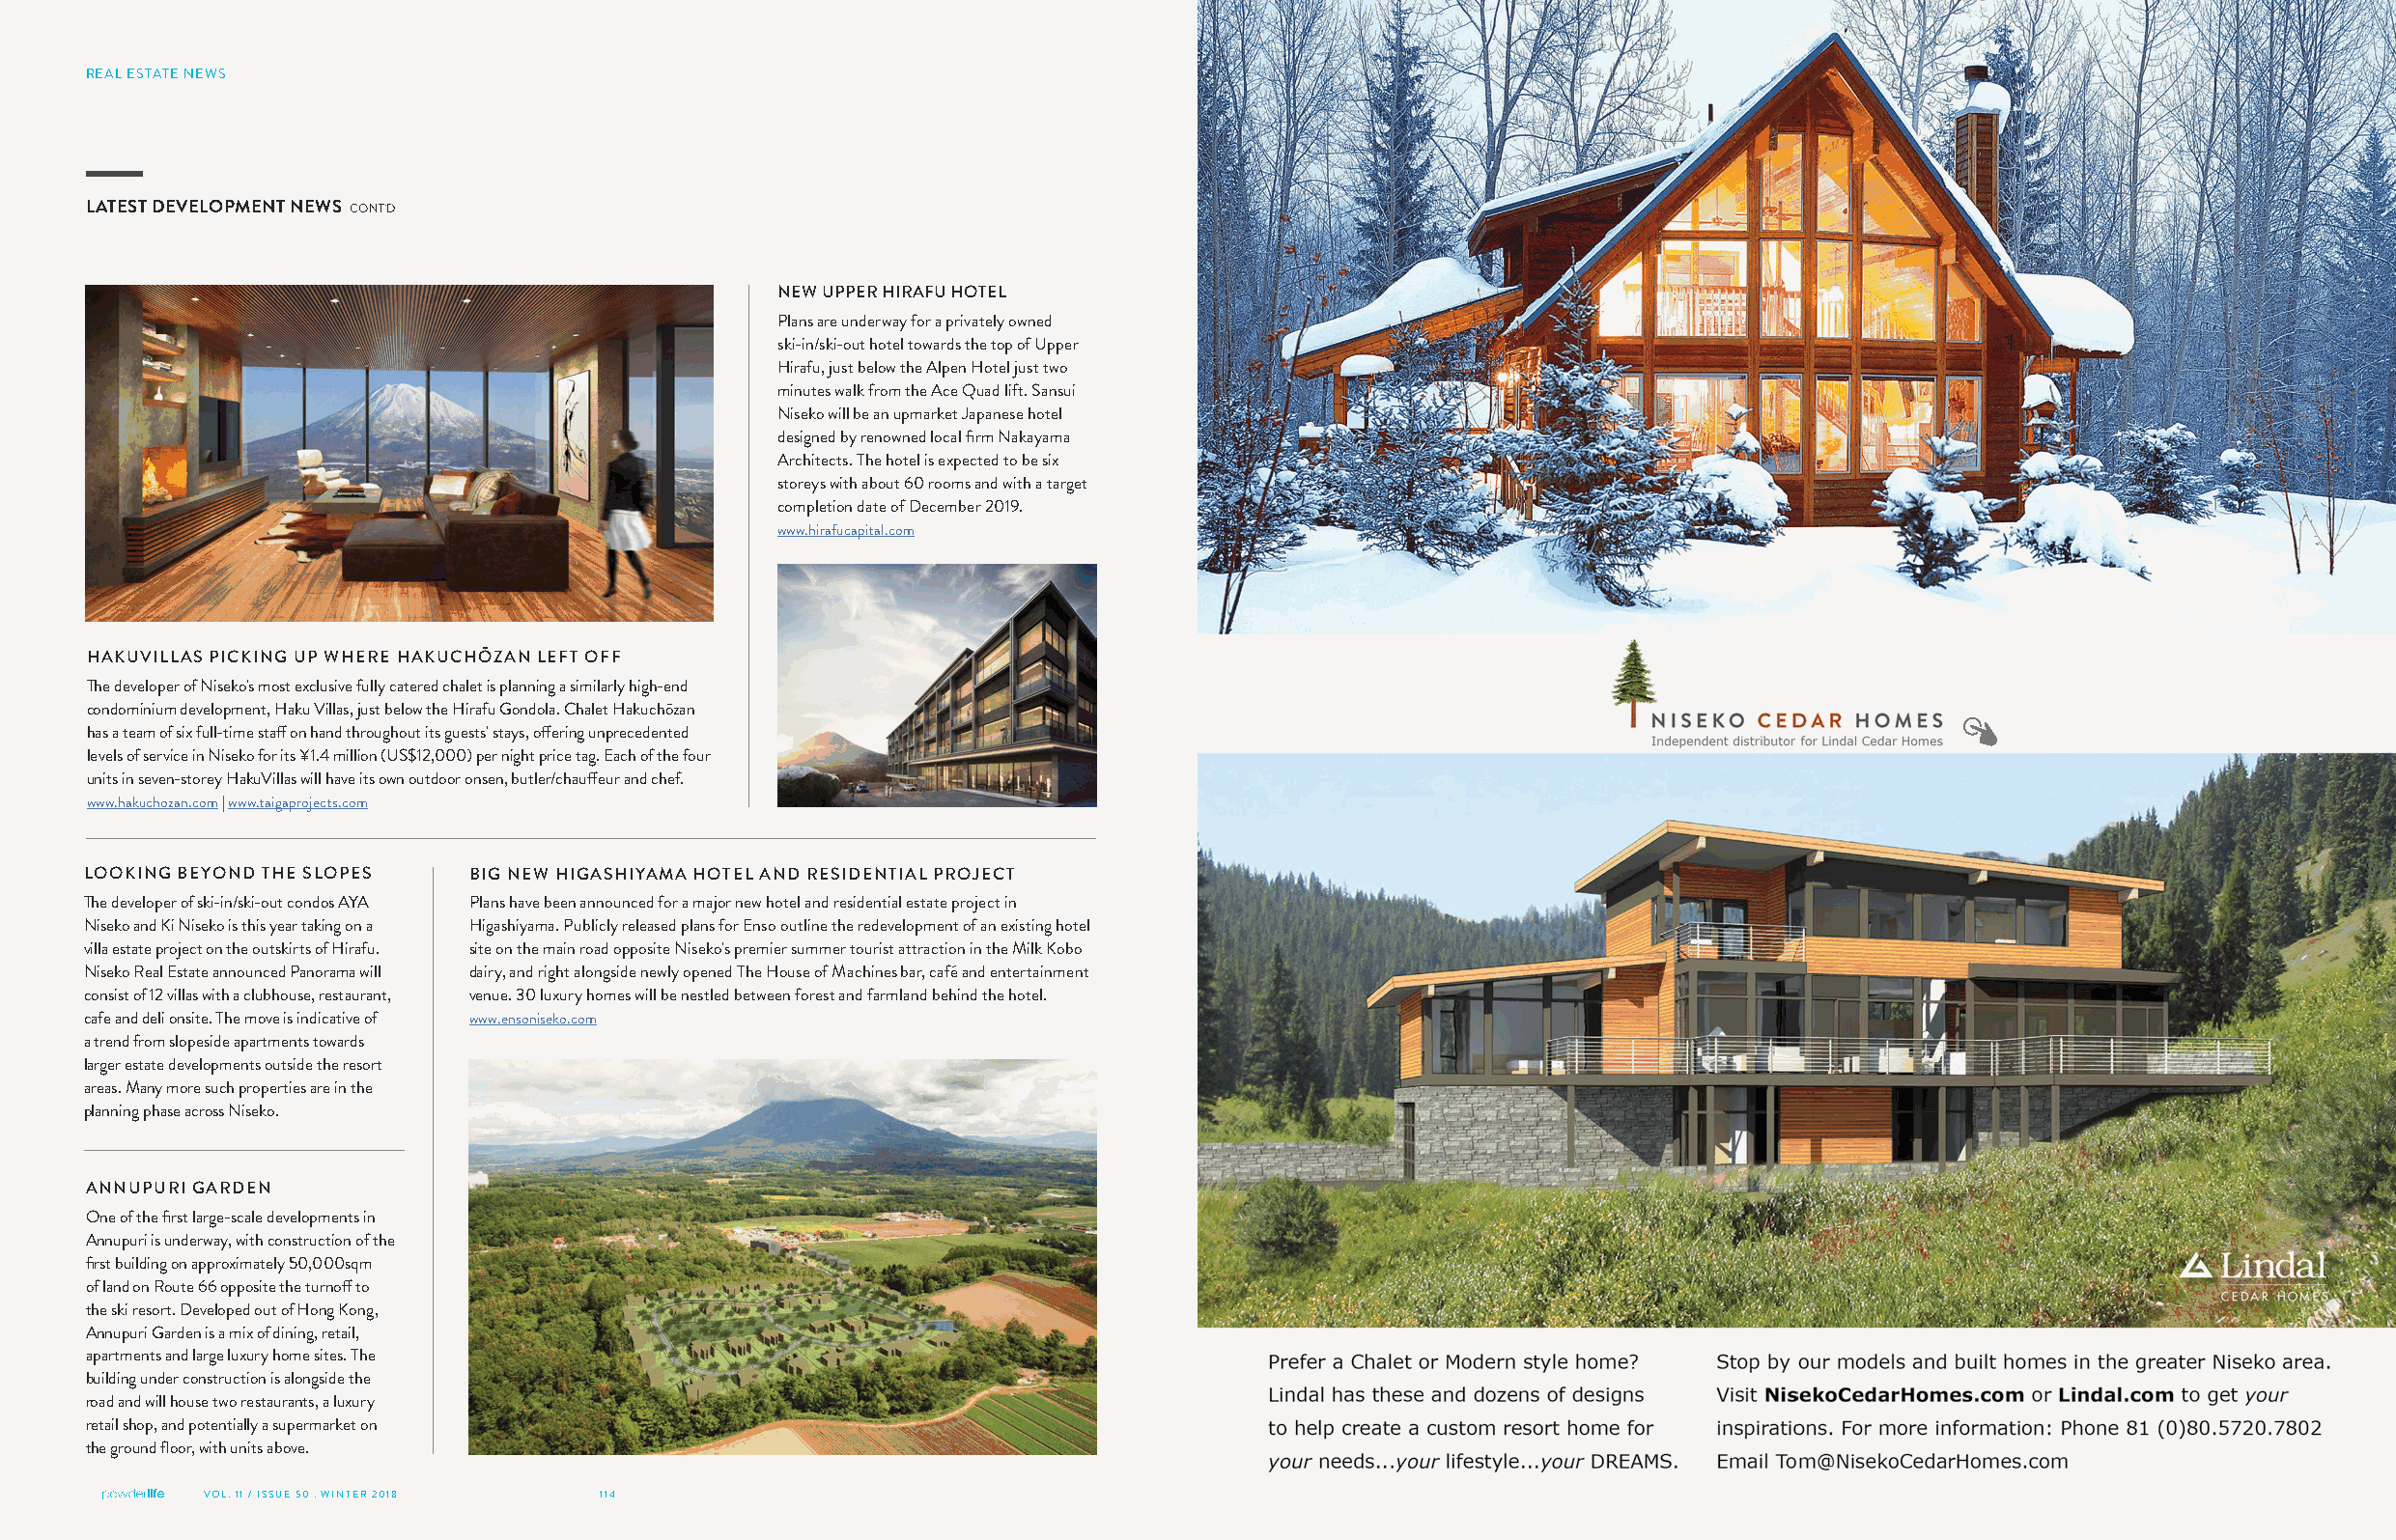
REAL ESTATE NEWS
 LATEST DEVELOPMENT NEWS CONT'D
 NEW UPPER HIRAFU HOTEL
 Plans are underway for a privately owned
 ski-in/ski-out hotel towards the top of Upper
 Hirafu, just below the Alpen Hotel just two
 minutes walk from the Ace Quad lift. Sansui
 Niseko will be an upmarket Japanese hotel
 designed by renowned local firm Nakayama
 Architects. The hotel is expected to be six
 storeys with about 60 rooms and with a target
 completion date of December 2019.
 www.hirafucapital.com
 HAKUVILLAS PICKING UP WHERE HAKUCHŌZAN LEFT OFF
 The developer of Niseko's most exclusive fully catered chalet is planning a similarly high-end
 condominium development, Haku Villas, just below the Hirafu Gondola. Chalet Hakuchōzan
 has a team of six full-time staff on hand throughout its guests' stays, offering unprecedented
 levels of service in Niseko for its ¥1.4 million (US$12,000) per night price tag. Each of the four
 units in seven-storey HakuVillas will have its own outdoor onsen, butler/chauffeur and chef.
 www.hakuchozan.com | www.taigaprojects.com
 LOOKING BEYOND THE SLOPES BIG NEW HIGASHIYAMA HOTEL AND RESIDENTIAL PROJECT
 The developer of ski-in/ski-out condos AYA Plans have been announced for a major new hotel and residential estate project in
 Niseko and Ki Niseko is this year taking on a Higashiyama. Publicly released plans for Enso outline the redevelopment of an existing hotel
 villa estate project on the outskirts of Hirafu. site on the main road opposite Niseko's premier summer tourist attraction in the Milk Kobo
 Niseko Real Estate announced Panorama will dairy, and right alongside newly opened The House of Machines bar, café and entertainment
 consist of 12 villas with a clubhouse, restaurant, venue. 30 luxury homes will be nestled between forest and farmland behind the hotel.
 cafe and deli onsite. The move is indicative of www.ensoniseko.com
 a trend from slopeside apartments towards
 larger estate developments outside the resort
 areas. Many more such properties are in the
 planning phase across Niseko.
 ANNUPURI GARDEN
 One of the first large-scale developments in
 Annupuri is underway, with construction of the
 first building on approximately 50,000sqm
 of land on Route 66 opposite the turnoff to
 the ski resort. Developed out of Hong Kong,
 Annupuri Garden is a mix of dining, retail,
 apartments and large luxury home sites. The
 building under construction is alongside the
 road and will house two restaurants, a luxury
 retail shop, and potentially a supermarket on
 the ground floor, with units above.
 VOL. 11 / ISSUE 50 . WINTER 2018 114